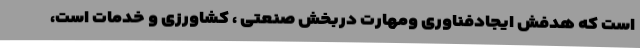
است که هدفش ایجادفناوری ومهارت دربخش صنعتی ، کشاورزی و خدمات است،